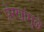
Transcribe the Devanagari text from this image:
प्रेरणांमुळे